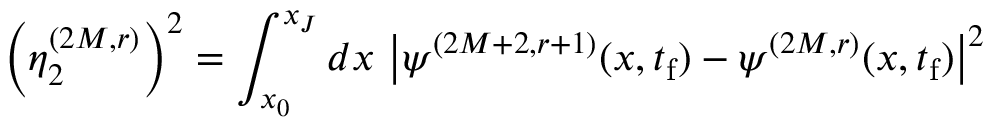
\left( \eta _ { 2 } ^ { ( 2 M , r ) } \right) ^ { 2 } = \int _ { x _ { 0 } } ^ { x _ { J } } d x \ \big | \psi ^ { ( 2 M + 2 , r + 1 ) } ( x , t _ { \mathrm { f } } ) - \psi ^ { ( 2 M , r ) } ( x , t _ { \mathrm { f } } ) \big | ^ { 2 }